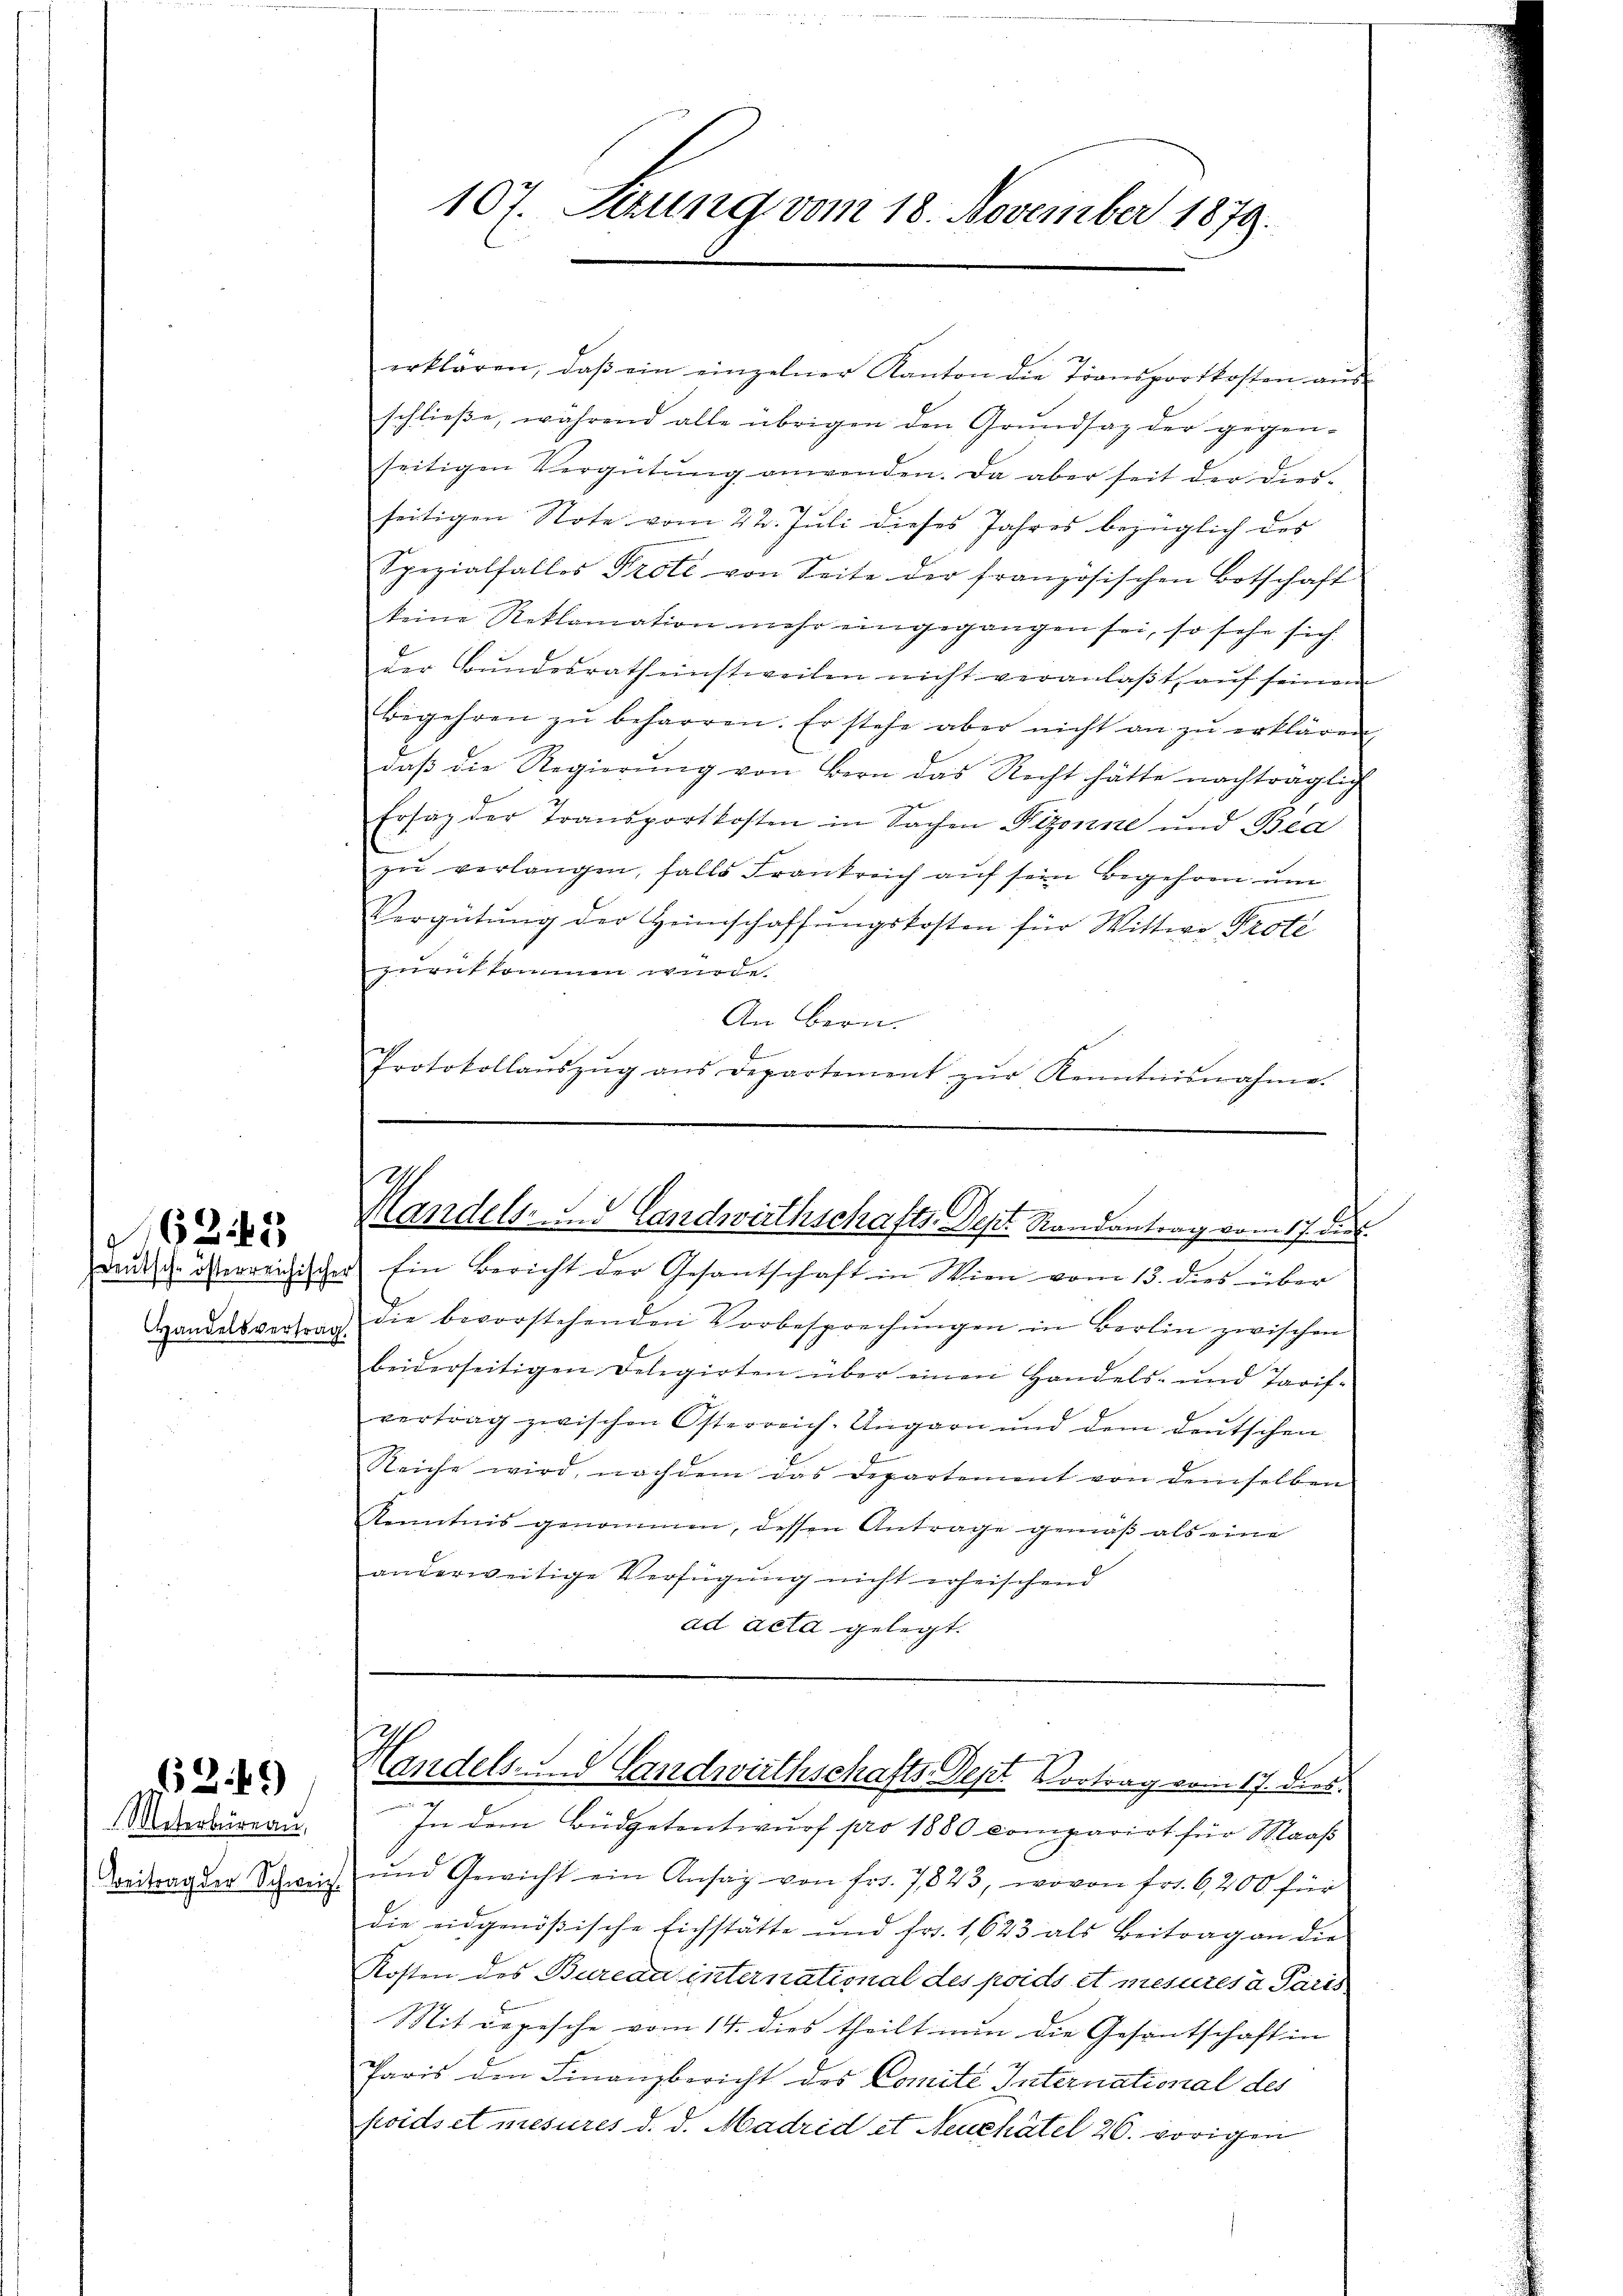
Handelsvertrag.

1269)

Meterbüreau,
Beitrag der Schweiz.

erklären, daβ ein einzelner Kanton die Transportkosten aŭs
schließe, während alle übrigen den Grundsaz der gegen-
seitigen Vergütŭng anwenden. Da aber seit der dies-
seitigen Note vom 22. Juli dieses Jahres bezüglich des
Spezialfalles Prote von Seite der französischen Botschaft
keine Reklamation mehr eingegangen sei, so sehr sich
der Bŭndesrath einstweilen nicht veranlaβt aŭf seinem
begehren zŭ beharren. Er stehe aber nicht an zŭ erklären,
daβ die Regierŭng von Bern das Recht hätte nachträglich
Ersatz der Transportkosten in Sachen Pizonne und Bea
zu verlangen, falls Frankreich auf sein Begehren um
Vergütŭng der Heimschaffŭngskosten für Wittwe Prote
zurückkommen wurde.
An Bern.
Protokollaŭszŭg ans Departement zŭr Kenntnisnahme.

107. Sizung vom 18. November 1879.

2
Kandels- und Landwirthschafts-Dept. Randantrag vom 17. die

Handels- Landwirthschafts-Dept Vortrag vom 17. dies

dude überreichischer Ein Bericht der Gesantschaft in Wien vom 13. dies über
die bevorstehenden Vorbesprechungen in Berlin zwischen
beiderseitigen Delegirten über einen Handels- und Tarif-
vertrag zwischen Österreich-Ungarn und dem deŭtschen
Reiche wird, nachdem das Departement von demselben
Kenntnis genommen, dessen Antrage gemäß als eine
anderweitige Verfügŭng nicht erheischend
ad acta gelegt.

In dem Büdgetentwurf pro 1880 comparirt für Maaß
und Gewicht ein Ansag von frs. 7823, wovon fr. 6,200 für
die eidgenößische Eichstätte und fr. 1,623 als Beitrag an die
Kosten des Bureau international des poids et mesures a Paris
Mit depesche vom 14. dies theilt nun die Gesantschaft in
Paris den Finanzbericht des Comité International des
poids et mesures d. d. Madrid et Neuchâtel 26. vorigen